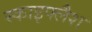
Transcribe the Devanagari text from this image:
स्काइफ्लैश